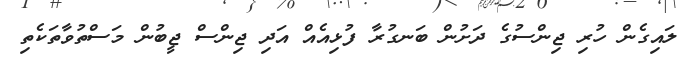
ލައިގެން ހުރި ޖިންސުގެ ދަށުން ބަނގުރާ ފުޅިއެއް އަދި ޖިންސް ޖީބުން މަސްތުވާތަކެތި